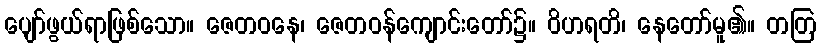
ပျော်ဖွယ်ရာဖြစ်သော။ ဇေတဝနေ၊ ဇေတဝန်ကျောင်းတော်၌။ ဝိဟရတိ၊ နေတော်မူ၏။ တတြ